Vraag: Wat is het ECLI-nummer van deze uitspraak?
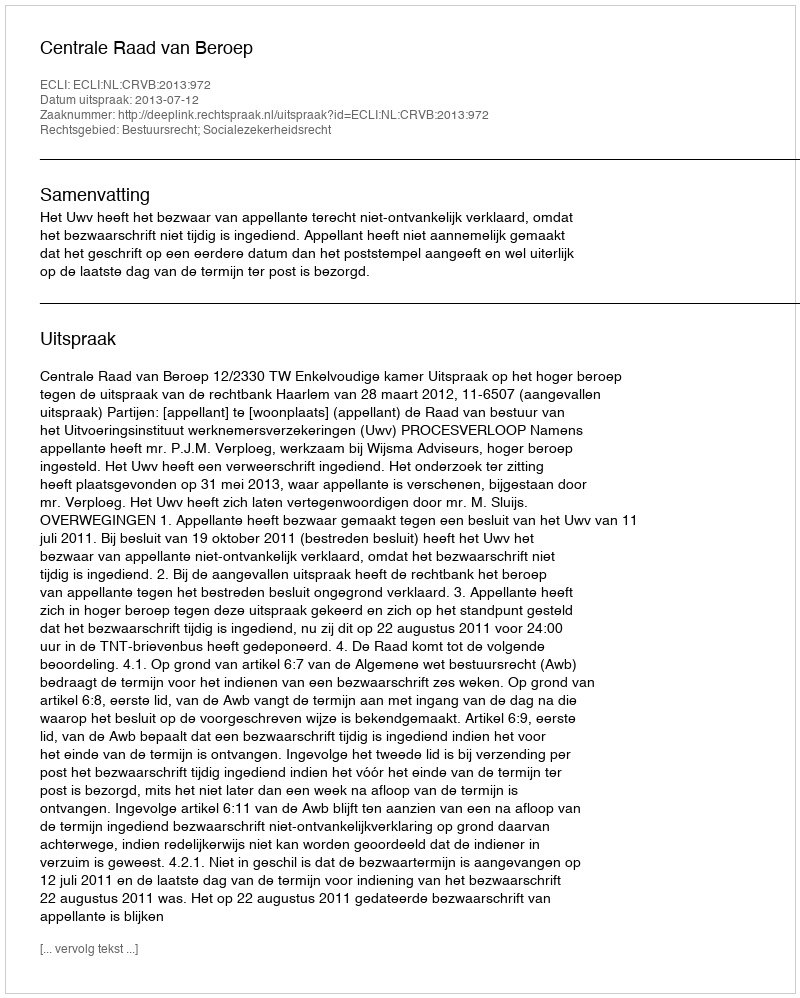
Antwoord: ECLI:NL:CRVB:2013:972